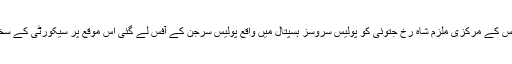
کراچی پولیس شاہ زیب قتل کیس کے مرکزی ملزم شاہ رخ جتوئی کو پولیس سروسز ہسپتال میں واقع پولیس سرجن کے آفس لے گئی اس موقع پر سیکورٹی کے سخت انتظامات کئے گئے تھے۔